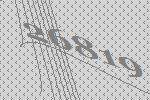
26819